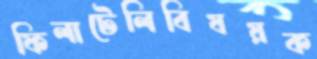
ফিলাটেলিবিষয়ক